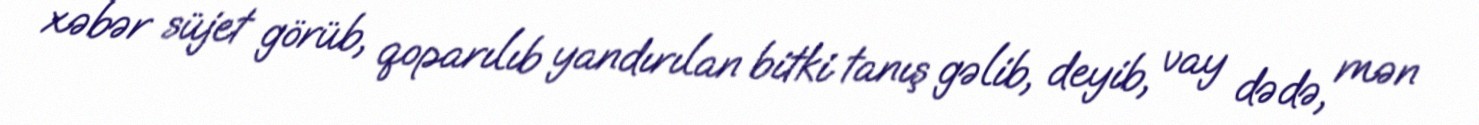
xəbər süjet görüb, qoparılıb yandırılan bitki tanış gəlib, deyib, vay dədə, mən